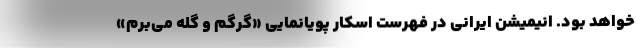
خواهد بود. انیمیشن ایرانی در فهرست اسکار پویانمایی «گرگم و گله می‌برم»